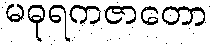
မဓုရကဇာတော